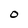
Character: O